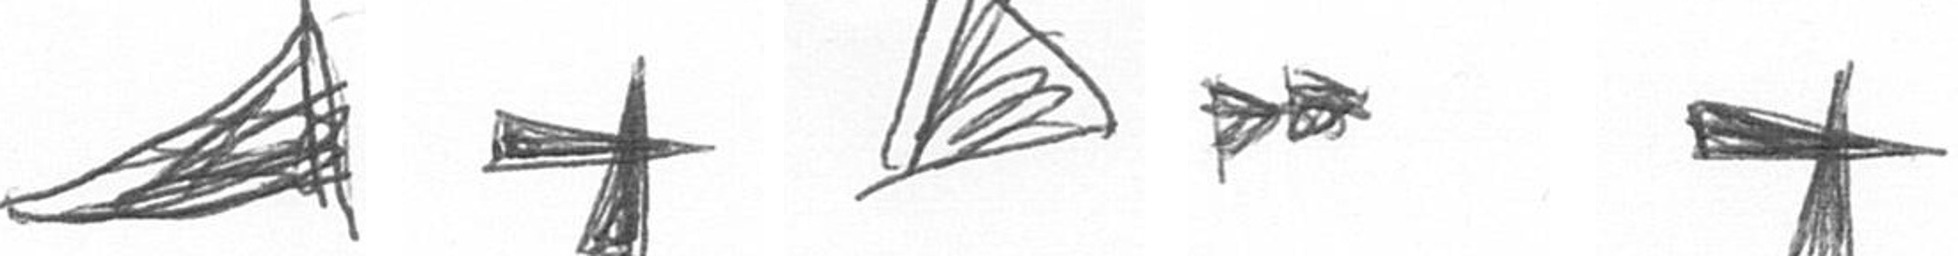
O G O A G